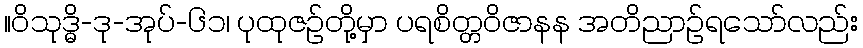
။ဝိသုဒ္ဓိ-ဒု-အုပ်-၆၁၊ ပုထုဇဉ်တို့မှာ ပရစိတ္တဝိဇာနန အတိညာဉ်ရသော်လည်း